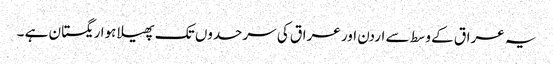
یہ عراق کے وسط سے اردن اور عراق کی سرحدوں تک پھیلا ہوا ریگستان ہے ۔